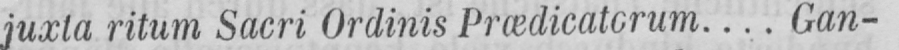
juxta ritum Sacri Ordinis Prædicaterum.... Gan-